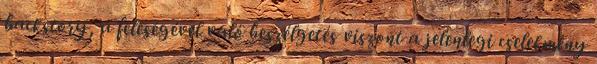
backstory, a feleségével való beszélgetés viszont a jelenlegi cselekmény